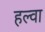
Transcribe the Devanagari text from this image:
हल्वा